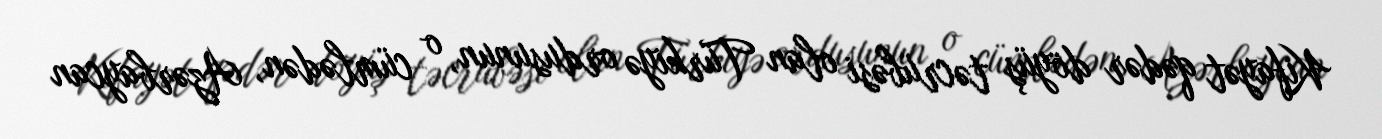
Kifayət qədər döyüş təcrübəsi olan Türkiyə ordusunun, o cümlədən, Azərbaycan